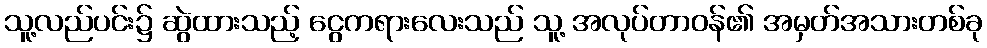
သူ့လည်ပင်း၌ ဆွဲထားသည့် ငွေကရားလေးသည် သူ့ အလုပ်တာဝန်၏ အမှတ်အသားတစ်ခု